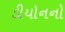
ડીયોનનો